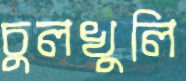
চুলখুলি